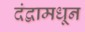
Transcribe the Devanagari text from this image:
दंद्वामधून